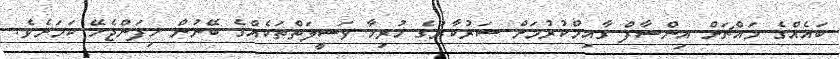
ބައެއްގެ މައްޗަށް އިންސާފް ގާއިމްކުރުމަށް ސަރުކާރުގެ ހުރިހާ ވަސީލަތްތަކެއްގެ ބޭނުން ހިފަންޖެހޭ ކަމަށެވެ.